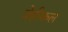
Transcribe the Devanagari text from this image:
वेहीकल